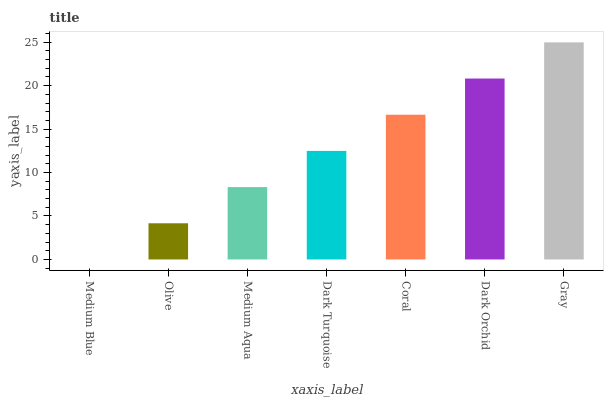
| xaxis_label | bars |
 | --- | --- |
 | Medium Blue | 0 |
 | Olive | 4.16 |
 | Medium Aqua | 8.33 |
 | Dark Turquoise | 12.5 |
 | Coral | 16.7 |
 | Dark Orchid | 20.8 |
 | Gray | 25 |